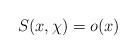
LaTeX: \begin{align*} S(x,\chi)=o(x)\end{align*}